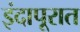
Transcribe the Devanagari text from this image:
इंदापूरात